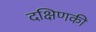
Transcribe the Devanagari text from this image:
दक्षिणकी